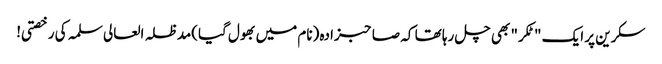
سکرین پر ایک "ٹکر" بھی چل رہا تھا کہ صاحبزادہ (نام میں بھول گیا)مدظلہ العالی سلمہ کی رخصتی!